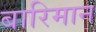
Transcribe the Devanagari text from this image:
बारिमान